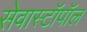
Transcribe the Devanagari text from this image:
सेवास्टॉपॉल